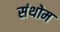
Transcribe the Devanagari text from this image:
संथोम